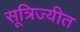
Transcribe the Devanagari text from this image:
सूत्रिज्यीत